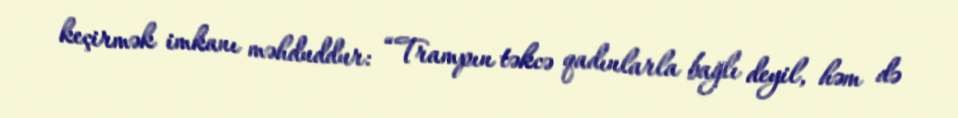
keçirmək imkanı məhduddur: “Trampın təkcə qadınlarla bağlı deyil, həm də